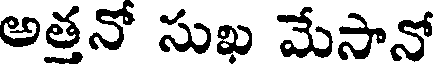
అతనో సుఖ మేసానో